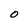
Character: O